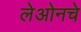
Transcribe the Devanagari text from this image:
लेओनचे